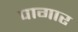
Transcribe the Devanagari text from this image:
पागार